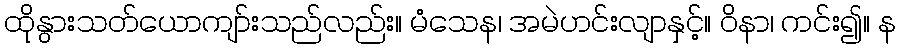
ထိုနွားသတ်ယောကျာ်းသည်လည်း။ မံသေန၊ အမဲဟင်းလျာနှင့်။ ဝိနာ၊ ကင်း၍။ န